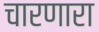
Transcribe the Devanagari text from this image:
चारणारा